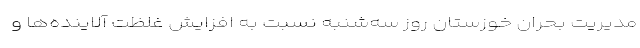
مدیریت بحران خوزستان روز سه‌شنبه نسبت به افزایش غلظت آلاینده‌ها و